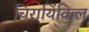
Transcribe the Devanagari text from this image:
चिरायिंकिल